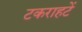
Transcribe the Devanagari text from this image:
टकराहटें